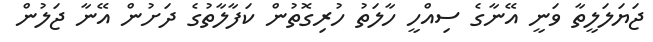
ޖަޔަލަލީތާ ވަނީ އޭނާގެ ސިއްހީ ހާލަތު ހުރިގޮތުން ކަފާލާތުގެ ދަށުން އޭނާ ޖަލުން